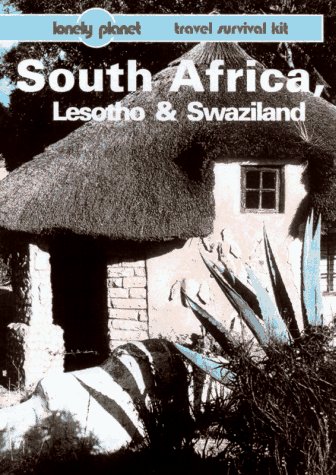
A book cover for Lonely Planet South Africa, Lesotho and Swaziland; Richard Everist; Travel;